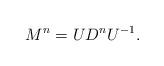
LaTeX: \begin{align*}M^n=UD^nU^{-1}.\end{align*}